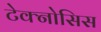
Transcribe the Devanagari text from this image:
टेक्नोसिस